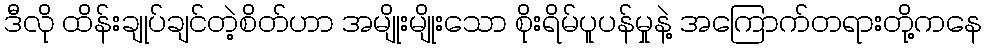
ဒီလို ထိန်းချုပ်ချင်တဲ့စိတ်ဟာ အမျိုးမျိုးသော စိုးရိမ်ပူပန်မှုနဲ့ အကြောက်တရားတို့ကနေ